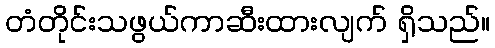
တံတိုင်းသဖွယ်ကာဆီးထားလျက် ရှိသည်။